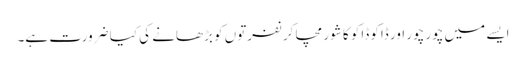
ایسے میں چور چور اور ڈاکو ڈاکو کا شور مچا کر نفرتوں کو بڑھانے کی کیا ضرورت ہے۔